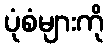
ပုံစံများကို